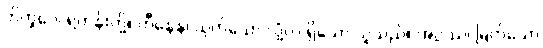
ဘိက္ခဝေ၊ ရဟန်းတို့။ ဟီနေန၊ ယုတ်သော လုံ့လ ရှိသော သူသည်။ အဂ္ဂဿ၊ မြတ်သော